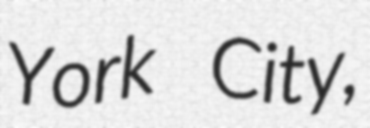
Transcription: York City,